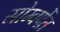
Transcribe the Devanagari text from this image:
सोम्वर्पेत